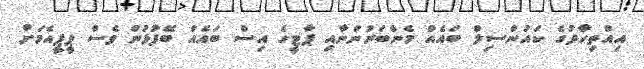
އިއްތިހާދުގެ ކައުންސިލް ބައެއް މެންބަރުންނާއި ޕާޓީގެ އިސް ބައެއް ބޭފުޅުން ވެސް ޕީޕީއެމަށް